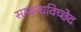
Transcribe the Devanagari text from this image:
सम्बन्धविच्छेद